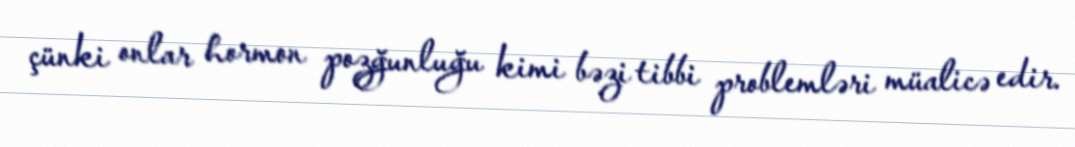
çünki onlar hormon pozğunluğu kimi bəzi tibbi problemləri müalicə edir.